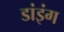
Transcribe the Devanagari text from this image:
डांइंग